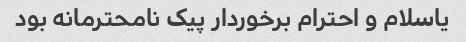
یاسلام و احترام برخوردار پیک نامحترمانه بود